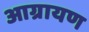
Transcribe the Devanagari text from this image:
आग्रायण